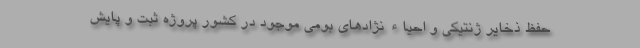
حفظ ذخایر ژنتیکی و احیاء نژادهای بومی موجود در کشور پروژه ثبت و پایش